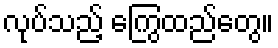
လုပ်သည့် ကြွေထည်တွေ။